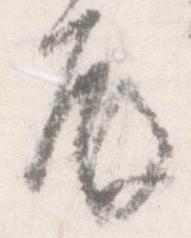
殿